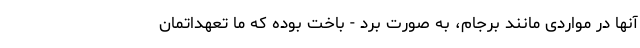
آنها در مواردی مانند برجام، به صورت برد - باخت بوده که ما تعهداتمان